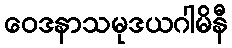
ဝေဒနာသမုဒယဂါမိနီ